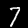
Digit: 7